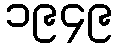
၁၉၄၉